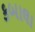
કબાલા